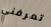
تعرفني